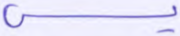
يس